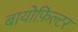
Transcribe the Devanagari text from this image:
बायोफ़िल्टर